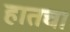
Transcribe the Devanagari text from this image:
हातचा